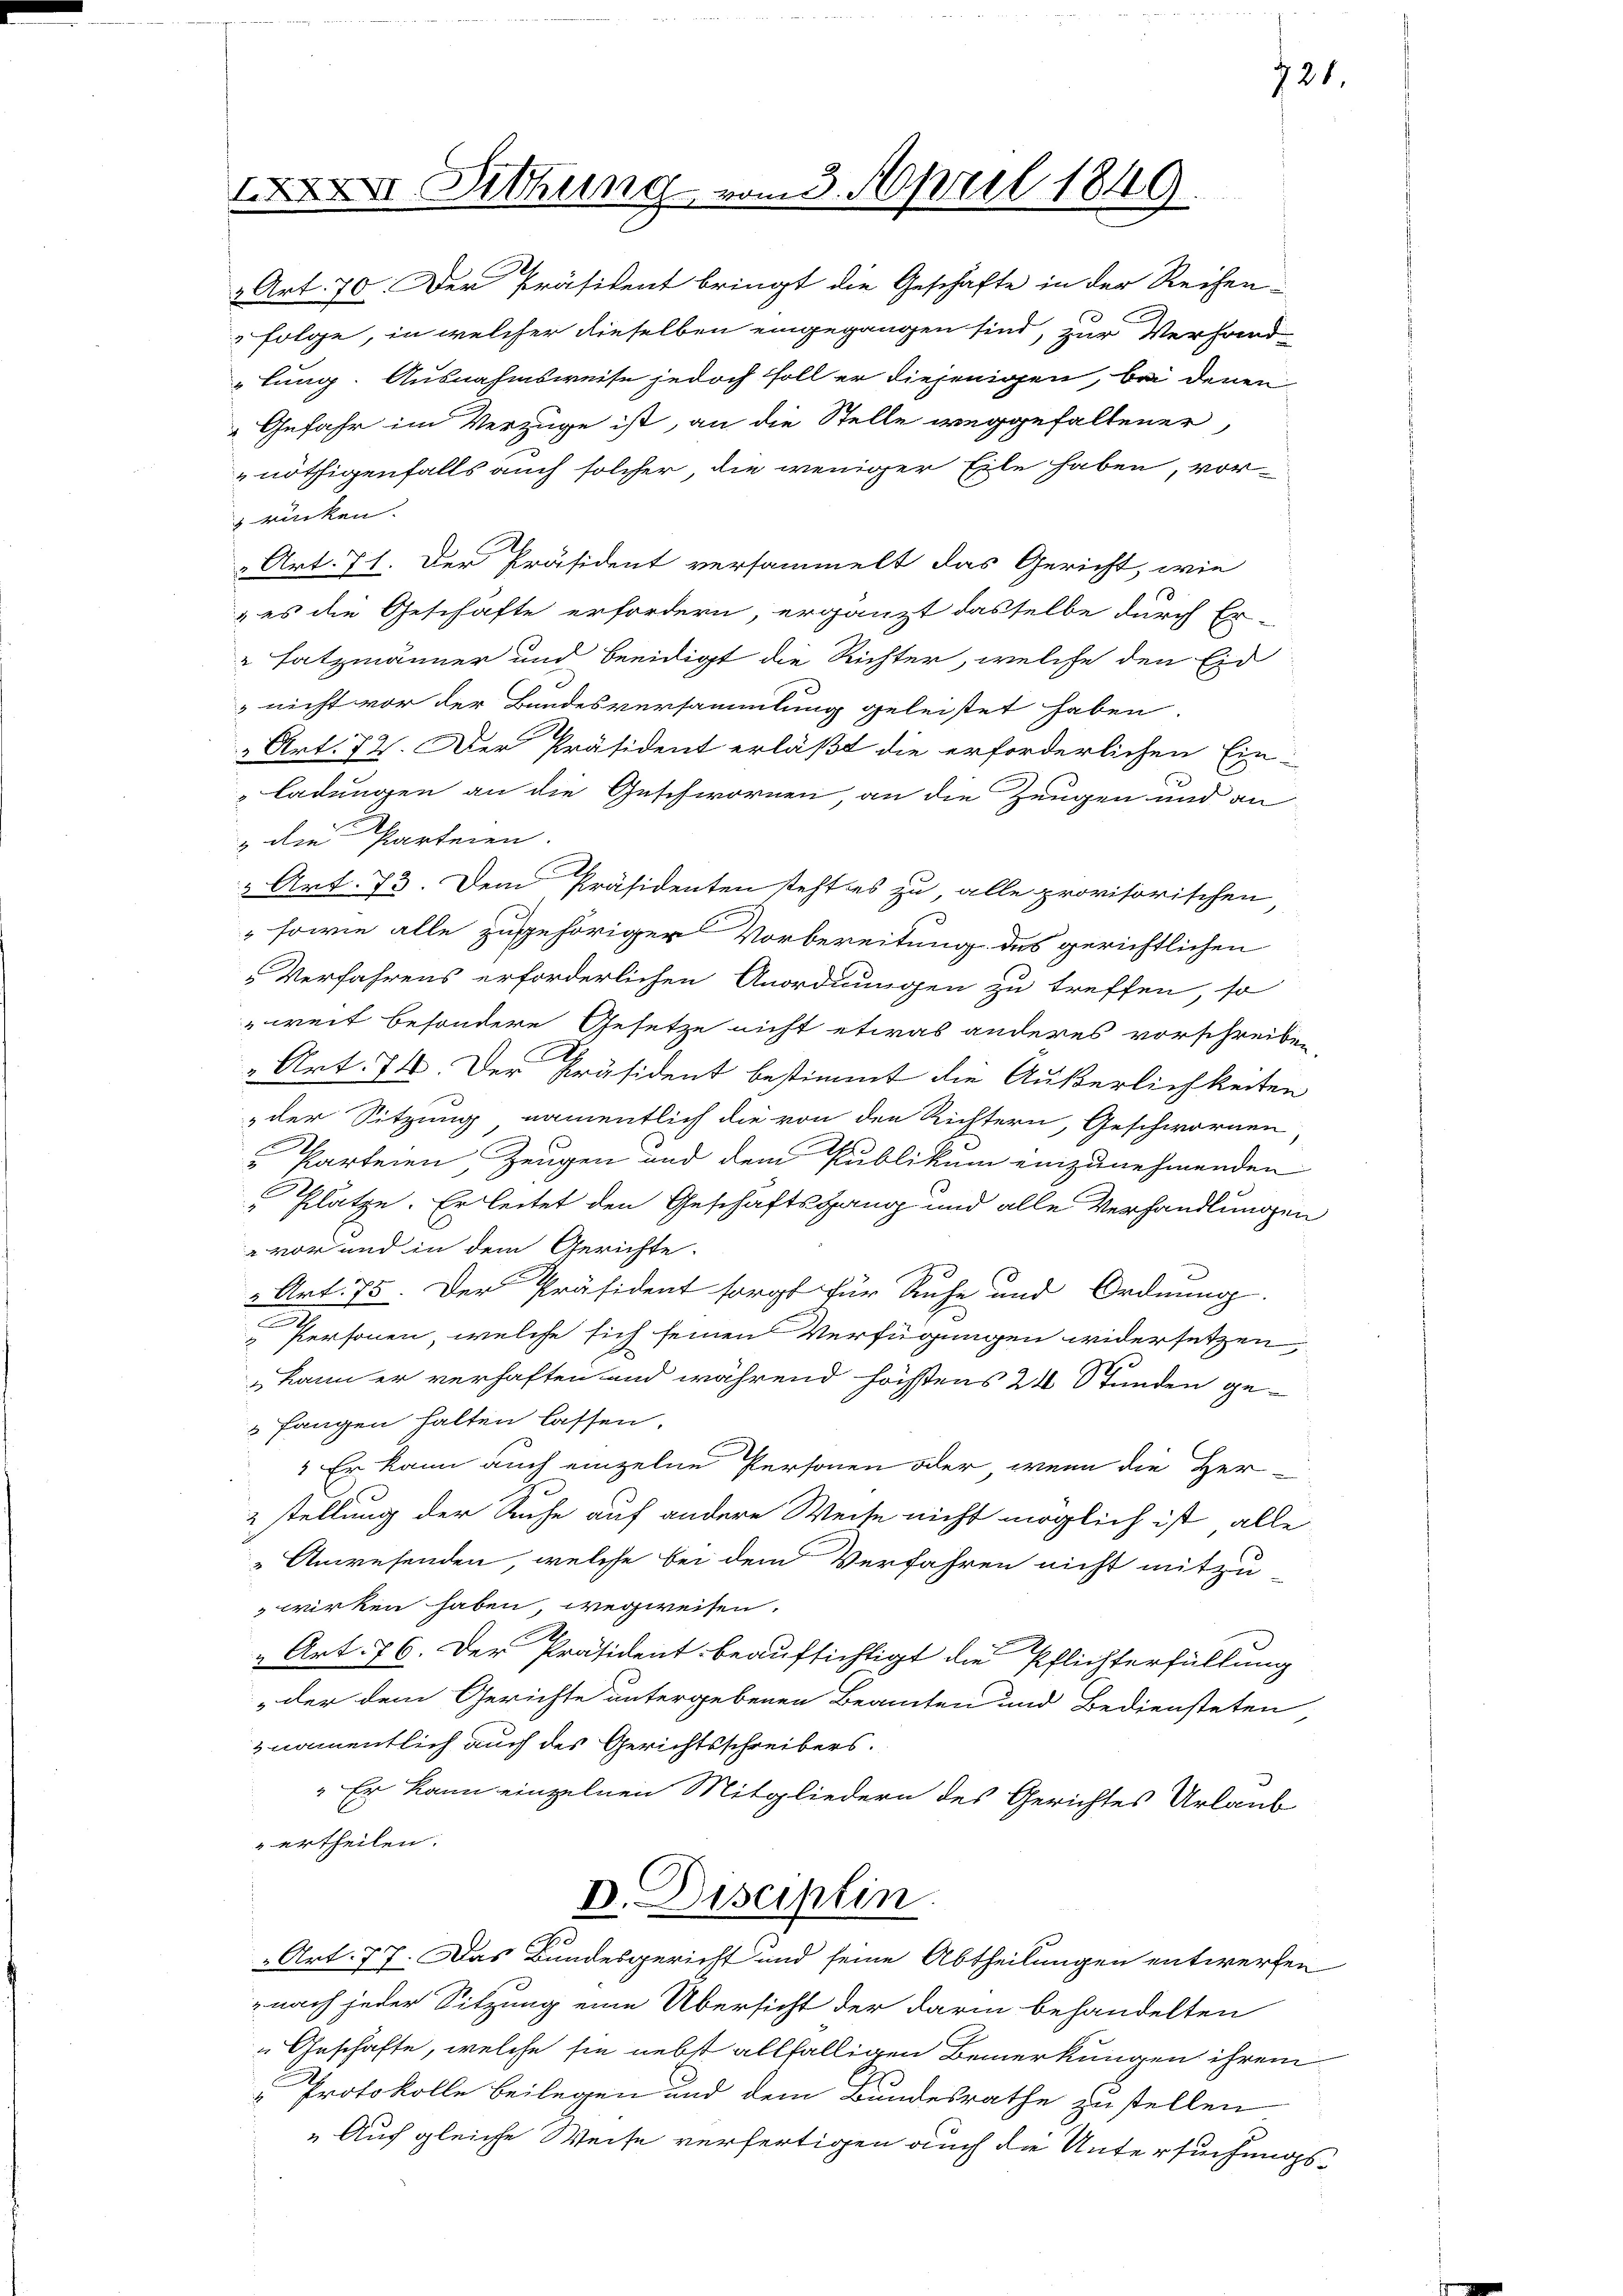
XXVI. Sitzung

rücken.

vom 3. April 1849.

721

2 Art. 70. Der Präsident bringt die Geschäfte in der Reihen-
 Folge, in welcher dieselben eingegangen sind, zur Verhand-
lung. Ausnahmsweise jedoch soll er diejenigen, bei deren
" Gefahr im Verzüge ist, an die Stelle weggefallener,
nöthigenfalls auch solcher, die weniger Eile haben, vor¬
Art. 71. Der Präsident versammelt das Gericht, wie
 es die Geschäfte erfordern, ergänzt dasselbe durch Er-
satzmänner und beeidigt die Richter, welche den Eid
 nicht vor der Bandesversammlung geleistet haben.
 Art. 72. Der Präsident erläßt die erforderlichen Ein-
ladungen an die Geschwornen an die Zeugen und an
" die Parteien.
 Art. 73. Dem Präsidenten steht es zu alle provisorischen
sowie alle zugehöriger Vorbereitung des gerichtlichen
„Verfahrens erforderlichen Anordnungen zu treffen, so
weit besondere Gesetze nicht etwas anderes vorschreiben,
2
„Art. 74. Der Präsident bestimmt die Äußerlichkeiten
der Sitzung namentlich die von den Richtern, Geschwornen,
Parteien, Zeugen und dem Publikum einzunehmenden
Plätze. Er leitet den Geschäftsgang und alle Verhandlungen
4
 vor und in dem Gerichte.

Art. 75. Der Präsident sorgt für Ruhe und Ordnung.
Personen, welche sich seinen Verfügungen widersetzen,
 kann er verhaften und während höchstens 24 Stunden gefangen halten lassen.
 Er kann auch einzelne Personen oder wenn die Her-
2 stellung der Suche auf andere Weise nicht möglich ist alle
Anwesenden, welche bei dem Verfahren nicht mitzu
wirken haben, wegweisen.
„Art. 76. Der Präsident beaufsichtigt die Pflichterfüllung
der dem Gerichte untergebenen Beamten und Bediensteten
& namentlich auch des Gerichtsschreibers.
" Er kann einzelnen Mitgliedern des Gerichtes Urlaub
" ertheilen.
D. Disciplin
Art. 77. Das Bundesgericht und seine Abtheilungen entwerfen
nach jeder Sitzung eine Übersicht der darin behandelten
„Geschäfte, welche sie nebst allfälligen Bemerkungen ihrem
Protokolle beilegen und dem Bundesrathe zustellen
„Auf gleiche Weise verfertigen auch die Untersuchungs¬